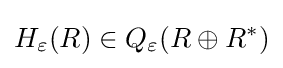
H_{\varepsilon }(R)\in Q_{\varepsilon }(R\oplus R^{*})